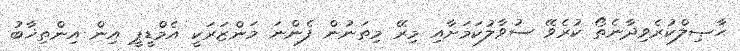
ޙާޞިލްކުރެވިދާނެތޯ ކުރެވޭ ސުވާލުކަމަށާއި މިރޭ މިތަނުން ފެންނަ މަންޒަރަކީ އެމްޑީޕީ އިން އިންތިޚާބު